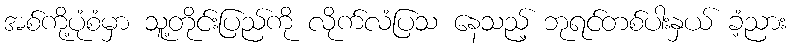
အစ်ကို့ပုံစံမှာ သူ့တိုင်းပြည်ကို လိုက်လံပြသ နေသည့် ဘုရင်တစ်ပါးနှယ် ခံ့ညား